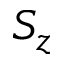
S _ { z }